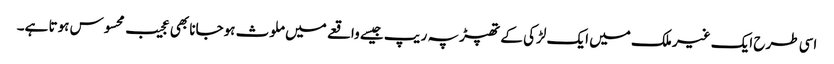
اسی طرح ایک غیر ملک میں ایک لڑکی کے تھپڑ پہ ریپ جیسے واقعے میں ملوث ہوجانا بھی عجیب محسوس ہوتا ہے۔